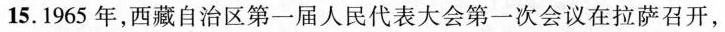
15.1965年，西藏自治区第一届人民代表大会第一次会议在拉萨召开，